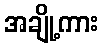
အချို့ကား